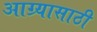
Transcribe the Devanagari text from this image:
आग्र्यासाठी